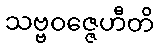
သဗ္ဗဝဇ္ဇေဟီတိ